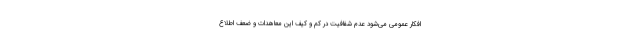
افکار عمومی می‌شود عدم شفافیت در کم و کیف این معاهدات و ضعف اطلاع